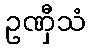
ဥဏှီသံ